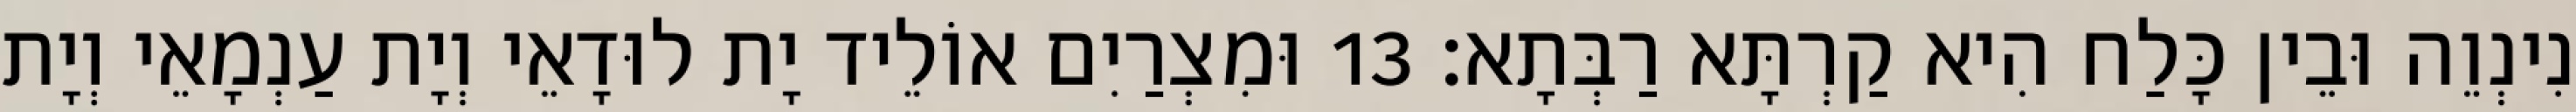
נִינְוֵה וּבֵין כָּלַח הִיא קַרְתָּא רַבְּתָא׃ 13 וּמִצְרַיִם אוֹלֵיד יָת לוּדָאֵי וְיָת עַנְמָאֵי וְיָת